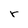
Character: r